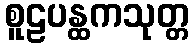
စူဠပန္ထကသုတ္တ